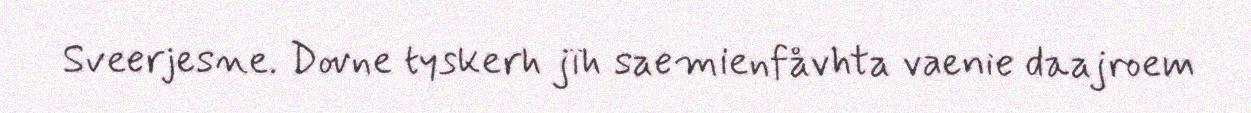
Sveerjesne. Dovne tyskerh jïh saemienfåvhta vaenie daajroem